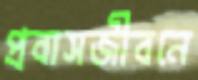
প্রবাসজীবনে